Report of the Indian Hemp Drugs Commission, 1894-1895 - Volume VI
Year: 1894
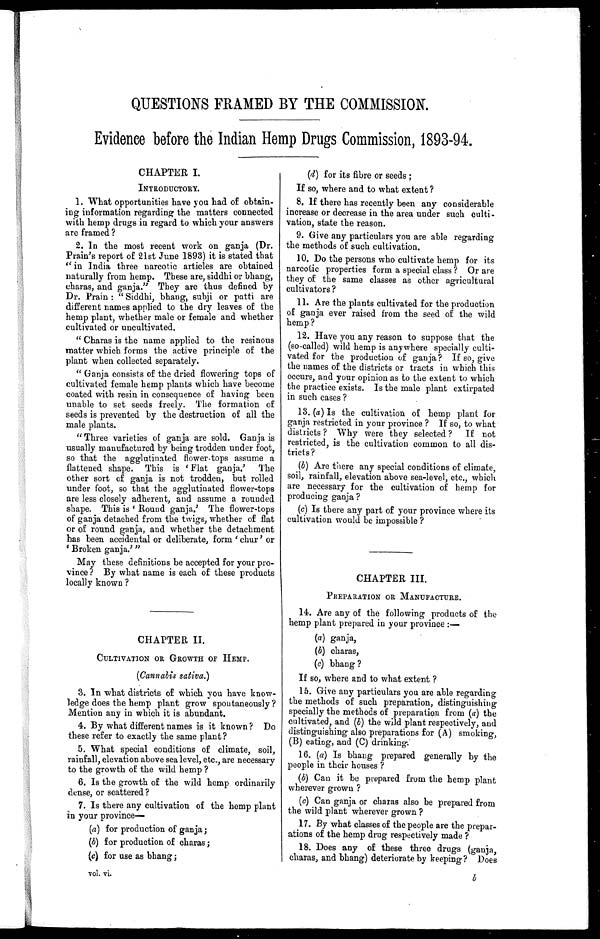
QUESTIONS FRAMED BY THE COMMISSION.
Evidence before the Indian Hemp Drugs Commission, 1893-94.
CHAPTER I.
INTRODUCTORY.
1. What opportunities have you had of obtain--
ing information regarding the matters connected
with hemp drugs in regard to which your answers
are framed?
2. In the most recent work on ganja (Dr.
Prain's report of 21st June 1893) it is stated that
"in India three narcotic articles are obtained
naturally from hemp. These are, siddhi or bhang,
charas, and ganja." They are thus defined by
Dr. Prai n: "Si ddhi , bhang, subj i or patti are
different names applied to the dry leaves of the
hemp plant, whether male or female and whether
cultivated or uncultivated.
"Charas is the name applied to the resinous
matter which forms the active principle of the
plant when collected separately.
"Ganja consists of the dried flowering tops of
cultivated female hemp plants which have become
coated with resin in consequence of having been
unable to set seeds freely.The formation of
seeds is prevented by the destruction of all the
male plants.
"Three varieties of ganja are sold. Ganja is
usually manufactured by being trodden under foot,
so that the agglutinated flower-tops assume a
flattened shape. This is 'Flat ganja.' The
other sort of ganja is not trodden, but rolled
under foot, so that the agglutinated flower-tops
are less closely adherent, and assume a rounded
shape. This is ' Round ganja.' The flower-tops
of ganja detached from the twigs, whether of flat
or of round ganja, and whether the detachment
has been accidental or deliberate, form 'chur' or
Broken ganja.' "
May these definitions be accepted for your pro
-vince? By what name is each of these products
locally known ?
CHAPTER II.
CULTIVATION OR GROWTH OF HEMP.
(Cannabis sativa.)
3. In what districts of which you have know
- l e d g e d o e s t h e h e m p p l a n t g r o w s p o n t a n e o u s l y ?
Mention any in which it is abundant.
4. By what different names is it known? Do
these refer to exactly the same plant?
5. What special conditions of climate, soil,
rainfall, elevation above sea level, etc., are necessary
to the growth of the wild hemp?
6. Is the growth of the wild hemp ordinarily
dense, or scattered?
7. Is there any cultivation of the hemp plant
in your province
(a) for production of ganja;
(b) for production of charas;
(c) for use as bhang;
vol. vi.
(d) for its fibre or seeds;
If so, where and to what extent?
8. If there has recently been any considerable
increase or decrease in the area under such culti
-vation, state the reason.
9. Give any particulars you are able regarding
the methods of such cultivation.
10. Do the persons who cultivate hemp for its
narcotic properties form a special class? Or are
they of the same classes as other agricultural
cultivators ?
11. Are the plants cultivated for the production
of ganja ever raised from the seed of the wild
hemp ?
12. Have you any reason to suppose that the
(so-called) wild hemp is anywhere specially culti--
vated for the production of ganja? If so, give
the names of the districts or tracts in which this
occurs, and your opinion as to the extent to which
the practice exists. Is the male plant extirpated
in such cases?
13. (a) Is the cultivation of hemp plant for
ganja restricted in your province? If so, to what
districts? Why were they selected? If not
restricted, is the cultivation common to all dis
-tricts?
(b) Are there any special conditions of climate,
soil, rainfall, elevation above sea-level, etc., which
are necessary for the cultivation of hemp for
producing ganja?
(c) Is there any part of your province where its
cultivation would be impossible?
CHAPTER III .
PREPARATION OR MANUFACTURE.
14. Are any of the following products of the
hemp plant prepared in your province : —
•
(a) ganja,
(b) charas,
(c) bhang ?
If so, where and to what extent?
15. Give any particulars you are able regarding
the methods of such preparation, distinguishing
specially the methods of preparation from (a) the
cultivated, and (b) the wild plant respectively, and
distinguishing also preparations for (A) smoking,
(B) eating, and (C) drinking:
16. (a) Is bhang prepared generally by the
people in their houses?
(b) Can it be prepared from the hemp plant
wherever grown?
(c) Can ganja or charas also be prepared from
the wild plant wherever grown?
17. By what classes of the people are the prepar
-ations of the hemp drug respectively made?
18. Does any of these three drugs (ganja,
charas, and bhang) deteriorate by keeping? Does
b